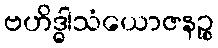
ဗဟိဒ္ဓါသံယောဇနဉ္စ